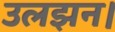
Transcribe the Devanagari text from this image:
उलझन।